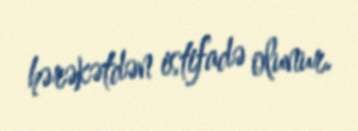
hərəkətdən istifadə olunur.